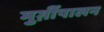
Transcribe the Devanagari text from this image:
मुर्ग़ीपालन